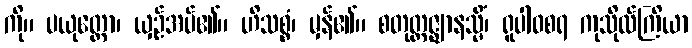
ကို။ ပယုတ္တော၊ ယှဉ်အပ်၏။ ဟိသစ္စံ၊ မှန်၏။ စတုတ္ထဇ္ဈာနသ္မိံ၊ ရူပါဝစရ ကုသိုလ်ကြိယာ